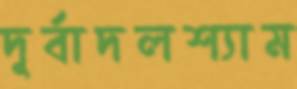
দূর্বাদলশ্যাম